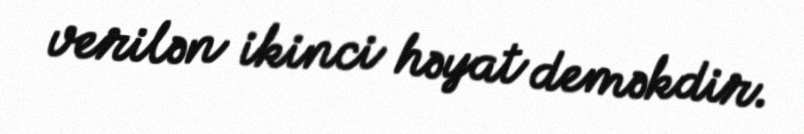
verilən ikinci həyat deməkdir.